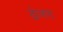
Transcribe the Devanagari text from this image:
ढोलण